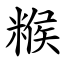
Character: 糇